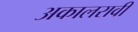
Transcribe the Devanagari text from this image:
अकालरावी